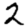
Digit: 2